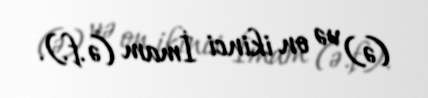
(ə) və on ikinci İmam (ə.f.).